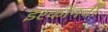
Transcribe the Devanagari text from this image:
इरकॉनची